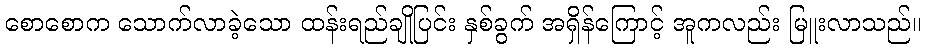
စောစောက သောက်လာခဲ့သော ထန်းရည်ချိုပြင်း နှစ်ခွက် အရှိန်ကြောင့် အူကလည်း မြူးလာသည်။